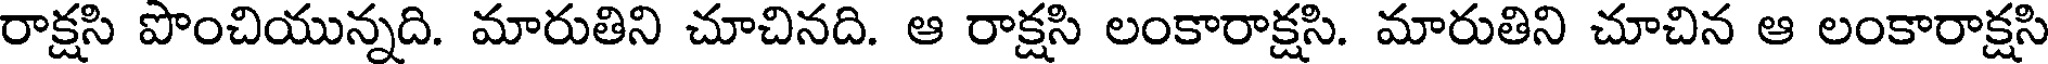
రాక్షసి పొంచియున్నది. మారుతిని చూచినది. ఆ రాక్షసి లంకారాక్షసి. మారుతిని చూచిన ఆ లంకారాక్షసి